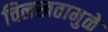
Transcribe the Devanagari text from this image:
चिलखतामुळे